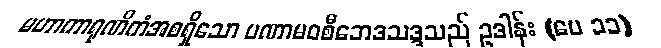
မဟာကာရုဏိကံအစရှိသော ပဏာမဝစီဘေဒသဒ္ဒသည် ဥဒါန်း (ပေ ၁၁)